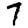
Digit: 7